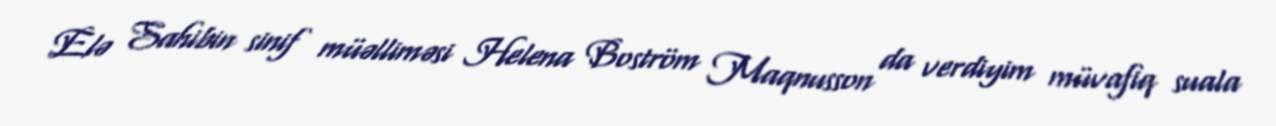
Elə Sahibin sinif müəlliməsi Helena Boström Maqnusson da verdiyim müvafiq suala